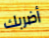
أضربك